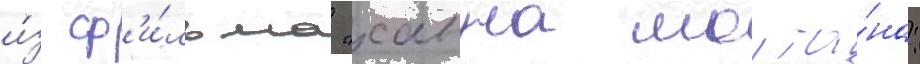
и́з ф'и́льма "ханна монта́на: